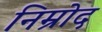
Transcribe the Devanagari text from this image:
निम्रोद